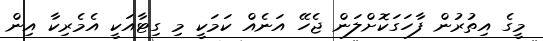
މީގެ އިތުރުން ފާހަގަކޮށްލަން ޖެހޭ އަނެއް ކަމަކީ މި ގިޓާއަކީ އެމެރިކާ އިން